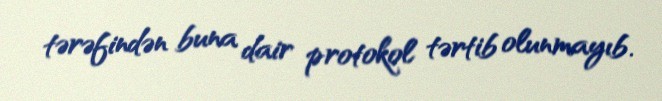
tərəfindən buna dair protokol tərtib olunmayıb.